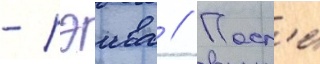
- рэива // Посл'е